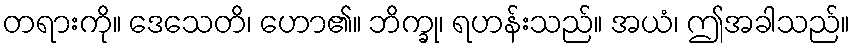
တရားကို။ ဒေသေတိ၊ ဟော၏။ ဘိက္ခု၊ ရဟန်းသည်။ အယံ၊ ဤအခါသည်။